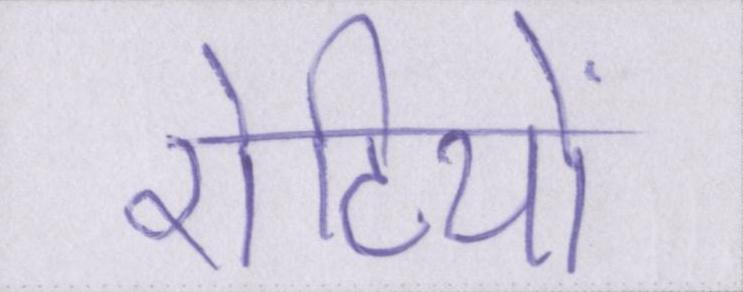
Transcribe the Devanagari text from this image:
रोटियों